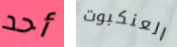
أحد العنكبوت